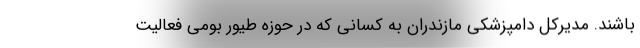
باشند. مدیرکل دامپزشکی مازندران به کسانی که در حوزه طیور بومی فعالیت